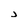
Character: j